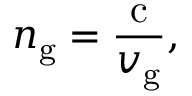
n _ { \mathrm { g } } = { \frac { \mathrm { c } } { v _ { \mathrm { g } } } } ,